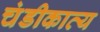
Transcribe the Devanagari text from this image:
चंडीकाव्य